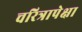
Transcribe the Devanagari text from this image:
चरित्रापेक्षा